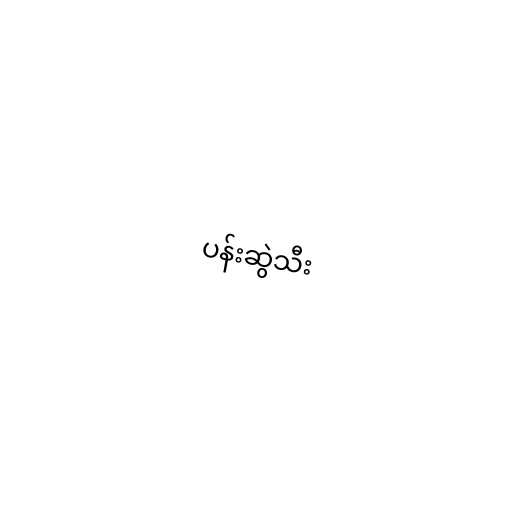
ပန်းဆွဲသီး